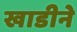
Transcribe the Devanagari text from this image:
खाडीने